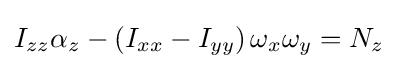
I_{zz}\alpha _{z}-\left(I_{xx}-I_{yy}\right)\omega _{x}\omega _{y}=N_{z}